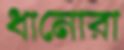
ধানোরা